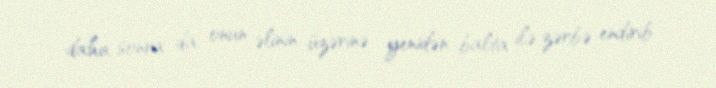
daha sonra da onun əlinin üzərinə yenidən balta ilə zərbə endirib.